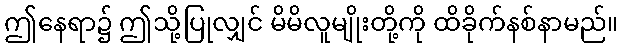
ဤနေရာ၌ ဤသို့ပြုလျှင် မိမိလူမျိုးတို့ကို ထိခိုက်နစ်နာမည်။